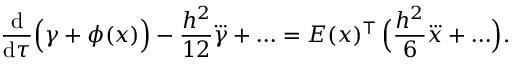
\frac { \mathrm { d } } { \mathrm { d } \tau } \Bigl ( \gamma + \phi ( x ) \Bigr ) - \frac { h ^ { 2 } } { 1 2 } \dddot \gamma + \ldots = E ( x ) ^ { \top } \, \Bigl ( \frac { h ^ { 2 } } 6 \dddot x + \ldots \Bigr ) .